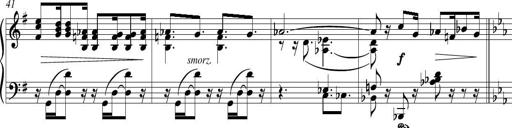
Title: Piano Sonatina in G major
Composer: Johan Peter Emilius Hartmann
Key: G major